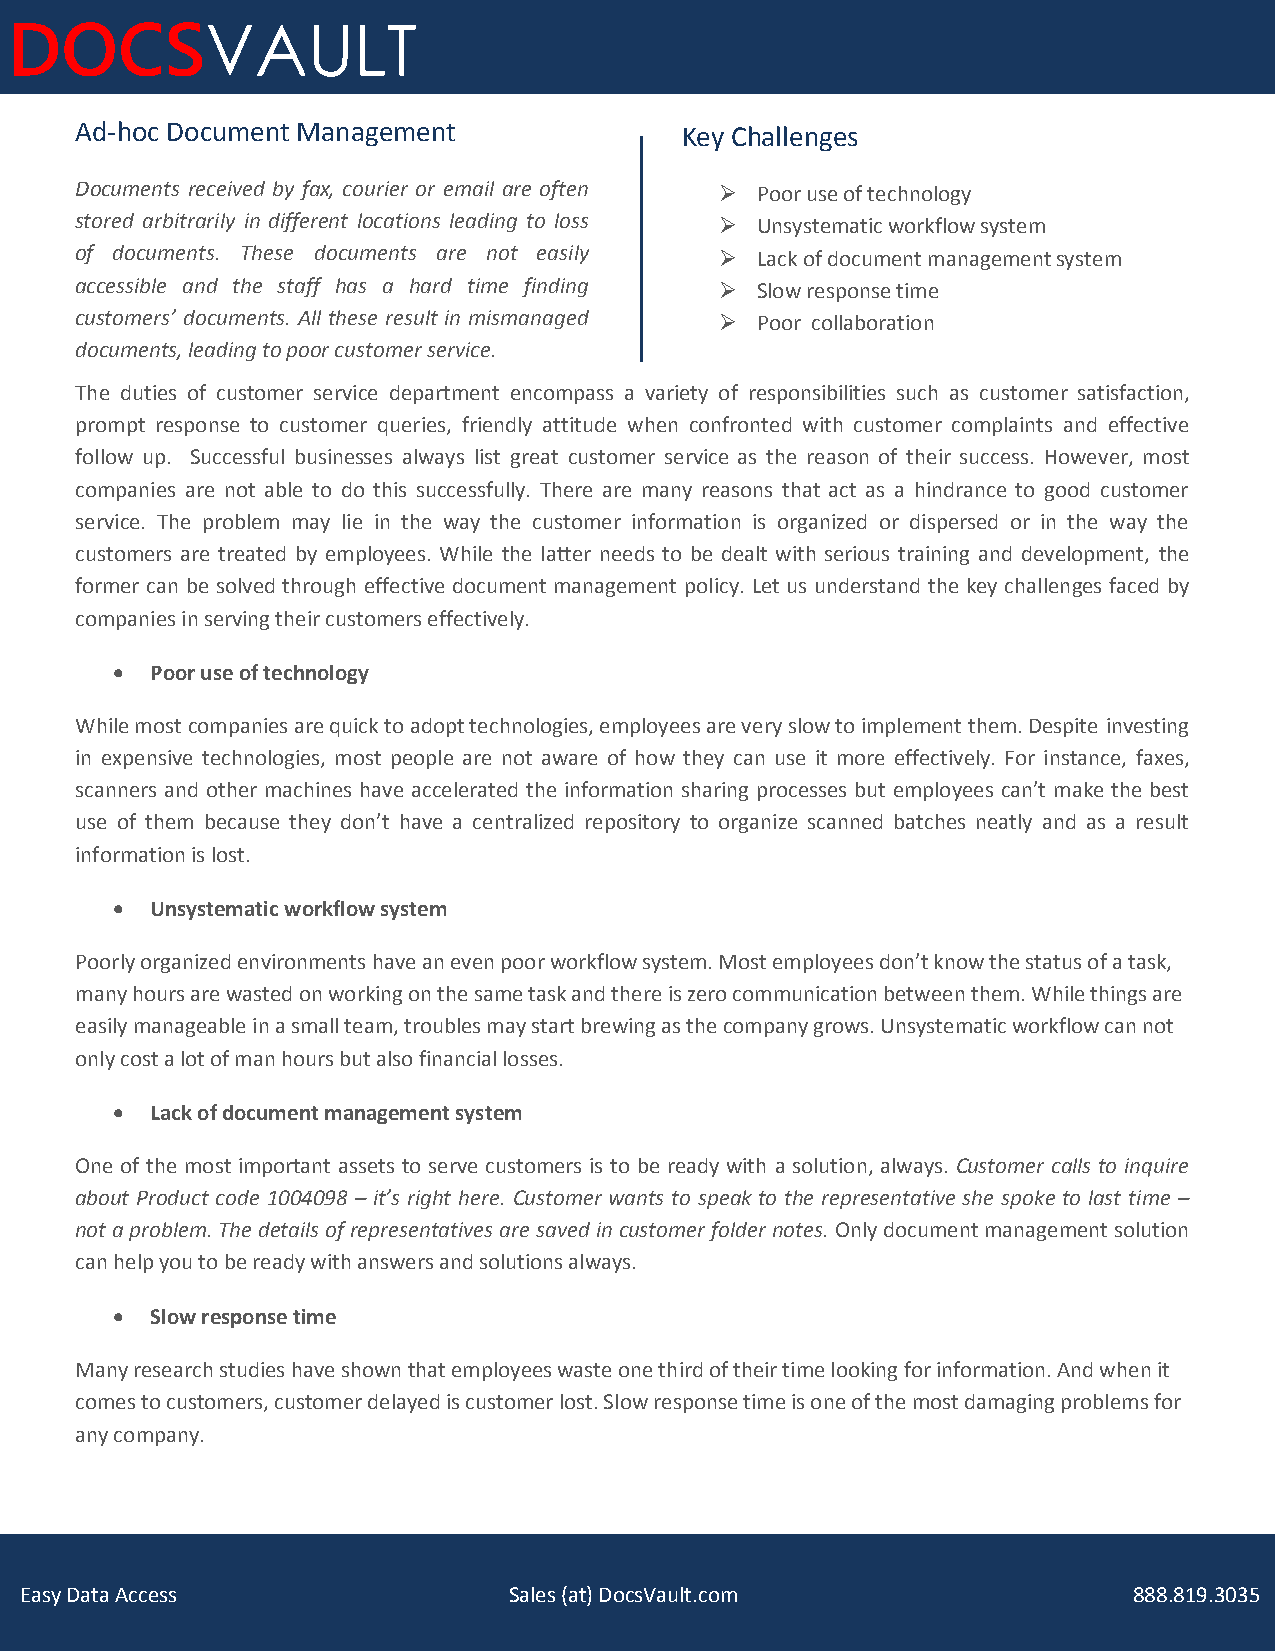
DOCSVAULT
 Ad-hoc Document Management              Key Challenges
 Documents received by fax, courier or email are often  Poor use of technology
 stored a rbitrarily in different locations leading to loss  Unsystematic workflow system
 of documents. These documents are not easily  Lack of document management system
 accessible and the staff has a hard time finding  Slow response time
 custome rs’ documents. All these result in mismanaged  Poor collaboration
 documents, leading to poor customer service.
 The duties of customer service department encompass a variety of responsibilities such as customer satisfaction,
 prompt response to customer queries, friendly attitude when confronted with customer complaints and effective
 follow up. Successful businesses always list great customer service as the reason of their success. However, most
 companies are not able to do this successfully. There are many reasons that act as a hindrance to good customer
 service. The problem may lie in the way the customer information is organized or dispersed or in the way the
 customers are treated by employees. While the latter needs to be dealt with serious training and development, the
 former c an be solved through effective document management policy. Let us understand the key challenges faced by
 companies in serving their customers effectively.
   Poor use of technology
 While most companies are quick to adopt technologies, employees are very slow to implement them. Despite investing
 in expensive technologies, most people are not aware of how they can use it more effectively. For instance, faxes,
 scanners and other machines have accelerated the information sharing processes but employees can’t make the best
 use of them because they don’t have a centralized repository to organize scanned batches neatly and as a result
 informat ion is lost.
   Unsystematic workflow system
 Poorly o rganized environments have an even poor workflow system. Most employees don’t know the status of a task,
 many hours are wasted on working on the same task and there is zero communication between them. While things are
 easily manageable in a small team, troubles may start brewing as the company grows. Unsystematic workflow can not
 only cost a lot of man hours but also financial losses.
   Lack of document management system
 One of the most important assets to serve customers is to be ready with a solution, always. Customer calls to inquire
 about Product code 1004098 – it’s right here. Customer wants to speak to the representative she spoke to last time –
 not a pro blem. The details of representatives are saved in customer folder notes. Only document management solution
 can help you to be ready with answers and solutions always.
   Slow response time
 Many research studies have shown that employees waste one third of their time looking for information. And when it
 comes to customers, customer delayed is customer lost. Slow response time is one of the most damaging problems for
 any com pany.
 Easy Data Access                 Sales (at) DocsVault.com                 888.819.3035